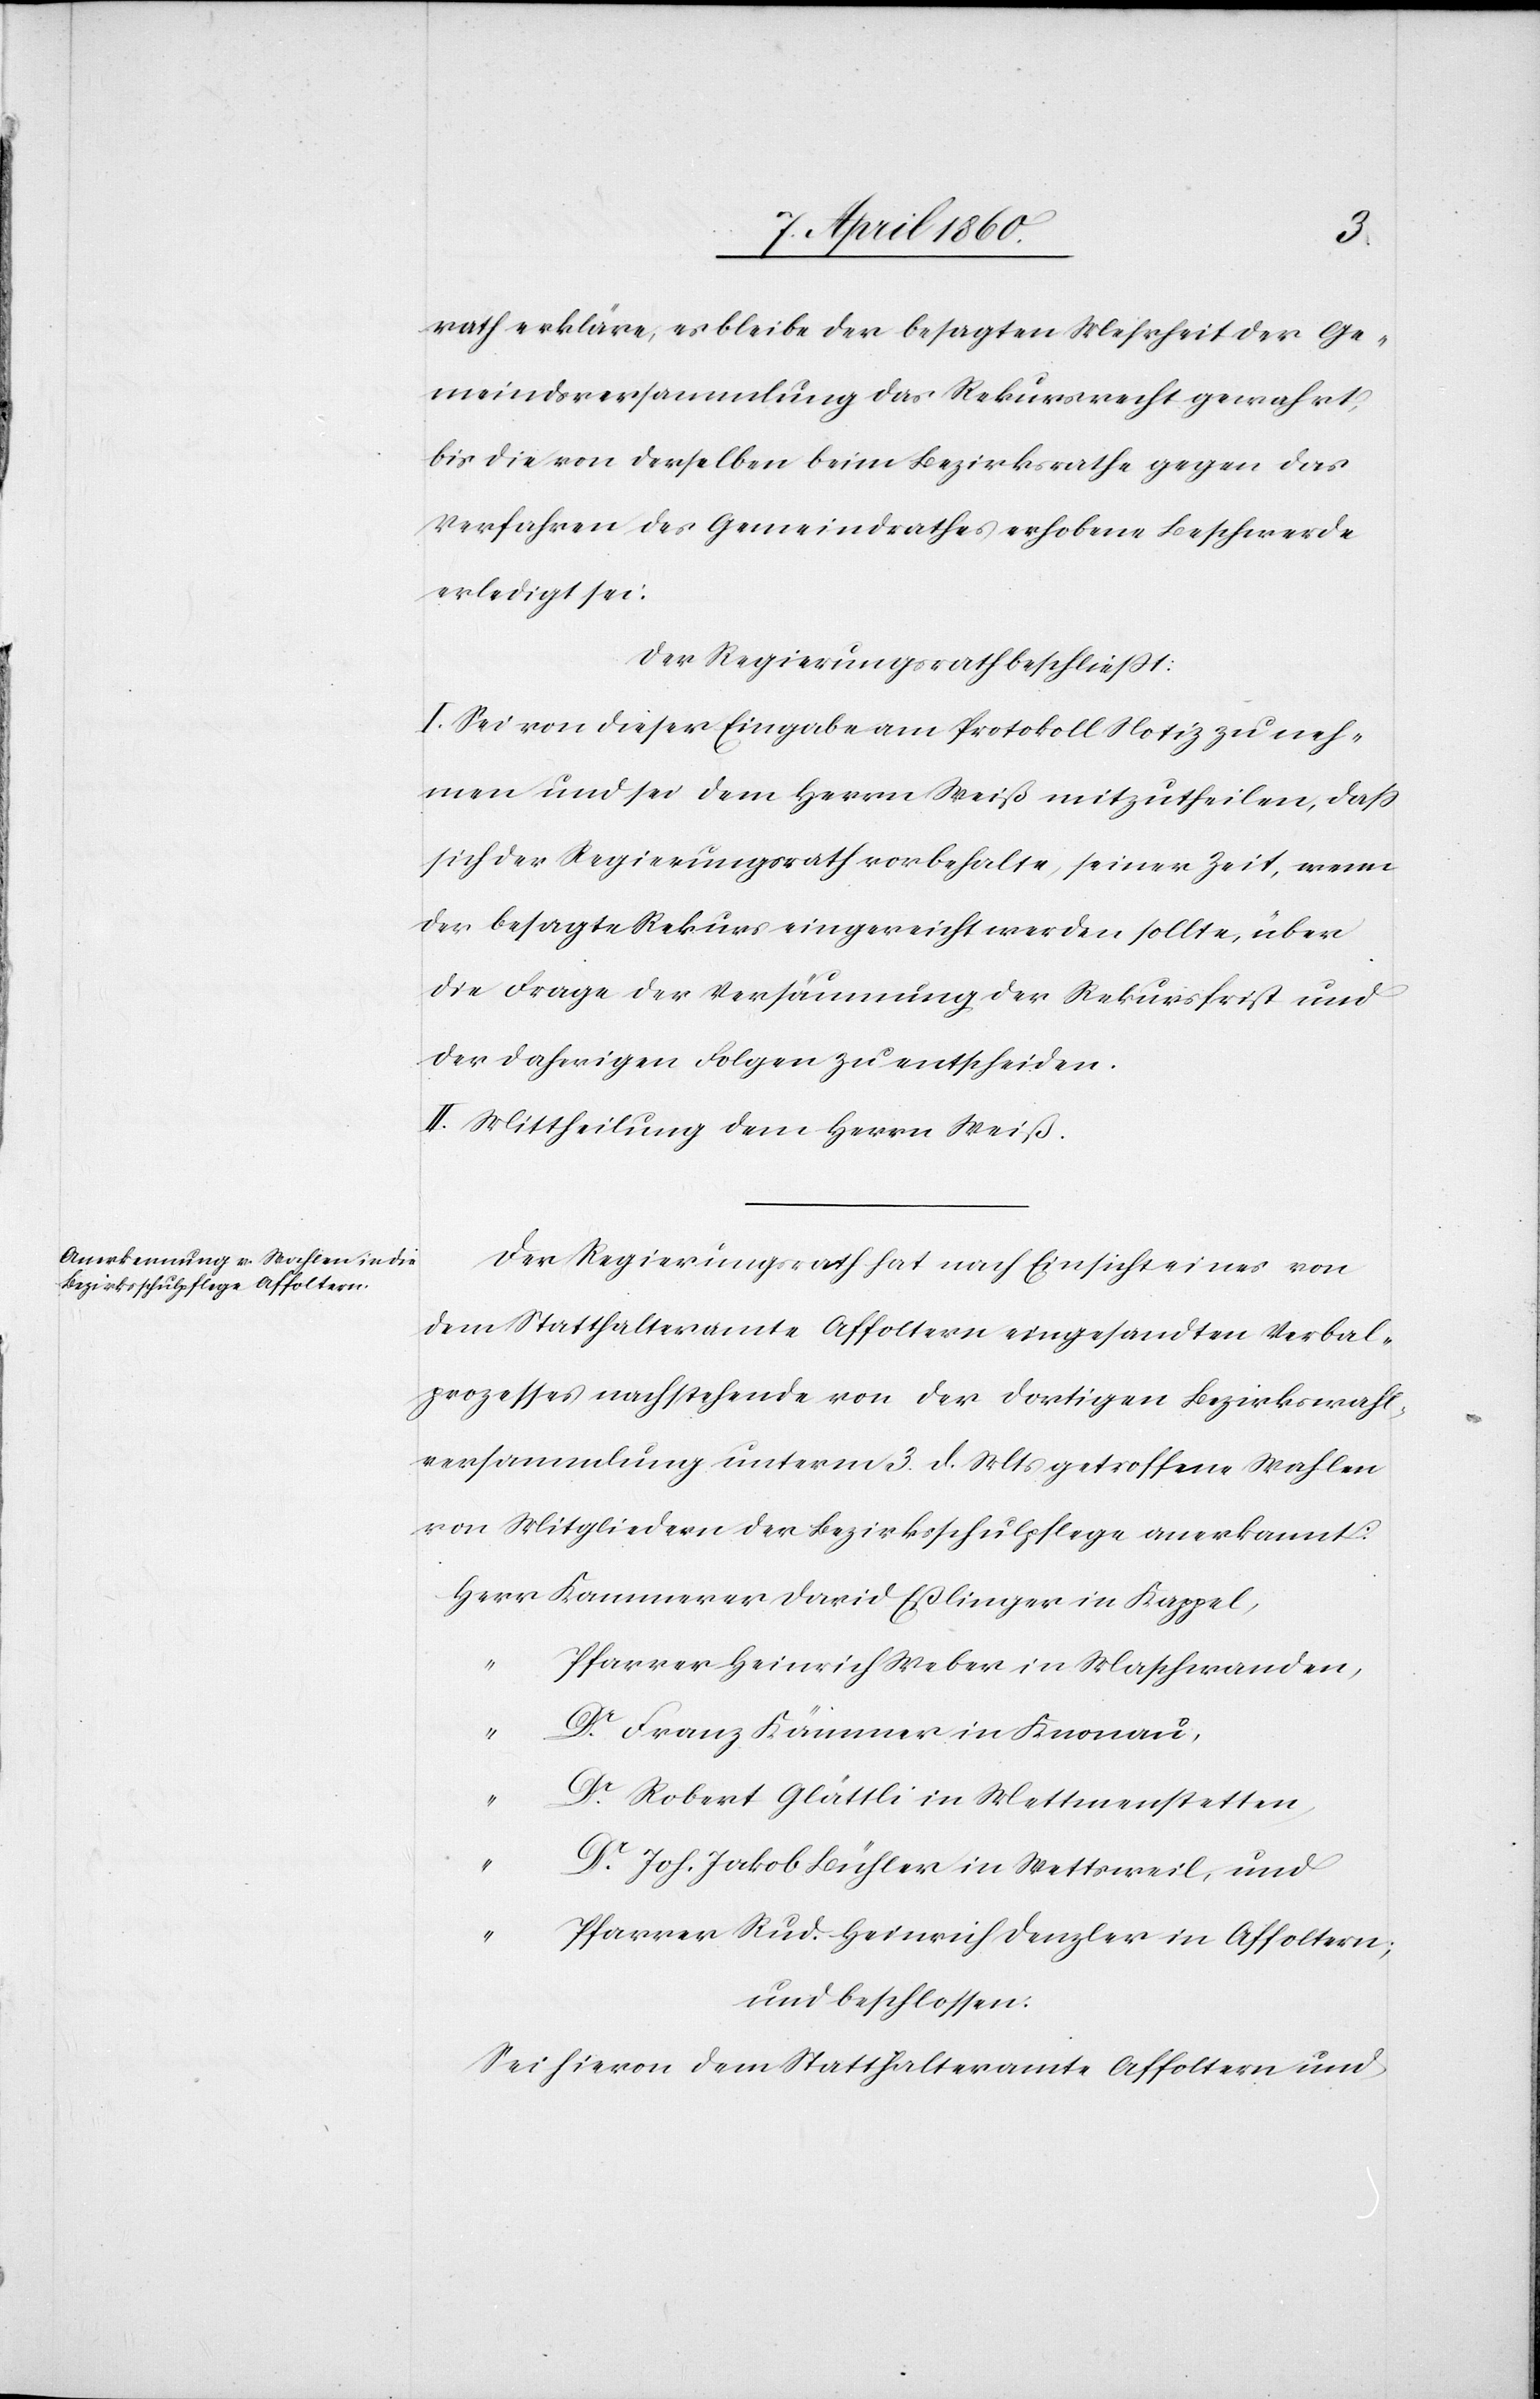
Rath erkläre, es bleibe der besagten Mehrheit der Ge¬
meindsversammlung das Rekursrecht gewahrt,
bis die von derselben beim Bezirksrathe gegen das
Verfahren des Gemeindrathes erhobene Beschwerde
erledigt sei:
Der Regierungsrath beschliesst:
I. Sei von dieser Eingabe am Protokoll Notiz zu neh¬
men und sei dem Herrn Weiss mitzutheilen, dass
sich der Regierungsrath vorbehalte, seiner Zeit, wenn
der besagte Rekurs eingereicht werden sollte, über
die Frage die Versäumung der Rekursfrist und
der daherigen Folgen zu entscheiden.
II. Mittheilung dem Herrn Weiß.
Der Regierungsrath hat nach Einsicht eines von
dem Statthalteramte Affoltern eingesandten Verbal¬
prozesses nachstehende von der dortigen Bezirkswahl¬
versammlung unterm 3. d. Mts. getroffenen Wahlen
von Mitgliedern der Bezirksschulpflege anerkannt:
Pfarrer Heinrich Weber in Maschwanden,
Dr Franz Kämmer in Knonau,
“
Dr Robert Glättli in Mettmenstetten,
“
Dr Joh. Jakob Bühler in Wettsweil, und
“
Pfarrer Rud. Heinrich Denzler in Affoltern;
und beschlossen:
Sei hievon dem Statthalteramte Affoltern und